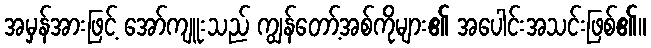
အမှန်အားဖြင့် အော်ကျူးသည် ကျွန်တော့်အစ်ကိုများ၏ အပေါင်းအသင်းဖြစ်၏။